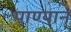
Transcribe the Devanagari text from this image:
पाण्यानं